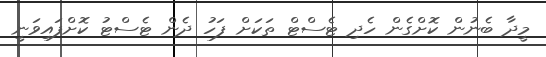
މީދާ ބެނުން ކޮށްގެން ހެދި ޓެސްޓް ތަކަށް ފަހު ދެން ޓެސްޓު ކޮށްފައިވަނީ